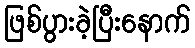
ဖြစ်ပွားခဲ့ပြီးနောက်